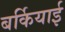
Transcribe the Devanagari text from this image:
बर्कियाई